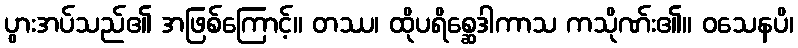
ပွားအပ်သည်၏ အဖြစ်ကြောင့်။ တဿ၊ ထိုပရိစ္ဆေဒါကာသ ကသိုဏ်း၏။ ဝသေနပိ၊